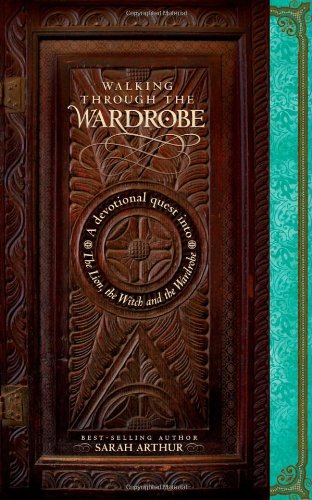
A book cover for Walking through the Wardrobe: A Devotional Quest into The Lion, The Witch, and The Wardrobe; Sarah Arthur; Science Fiction & Fantasy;